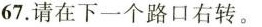
67. 请在下一个路口右转。